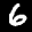
Label: 6